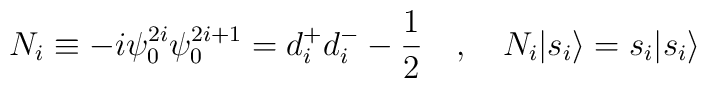
N_i \equiv -i \psi_{0}^{2i} \psi_{0}^{2i+1} = d_{i}^{+} d_{i}^{-} -\frac{1}{2}~~~,~~~N_i |{s_i} \rangle = s_i |{s_i}\rangle